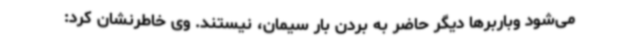
می‌شود وباربرها دیگر حاضر به بردن بار سیمان، نیستند. وی خاطرنشان کرد: